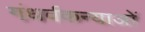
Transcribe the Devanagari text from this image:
गंधर्वकन्याओं